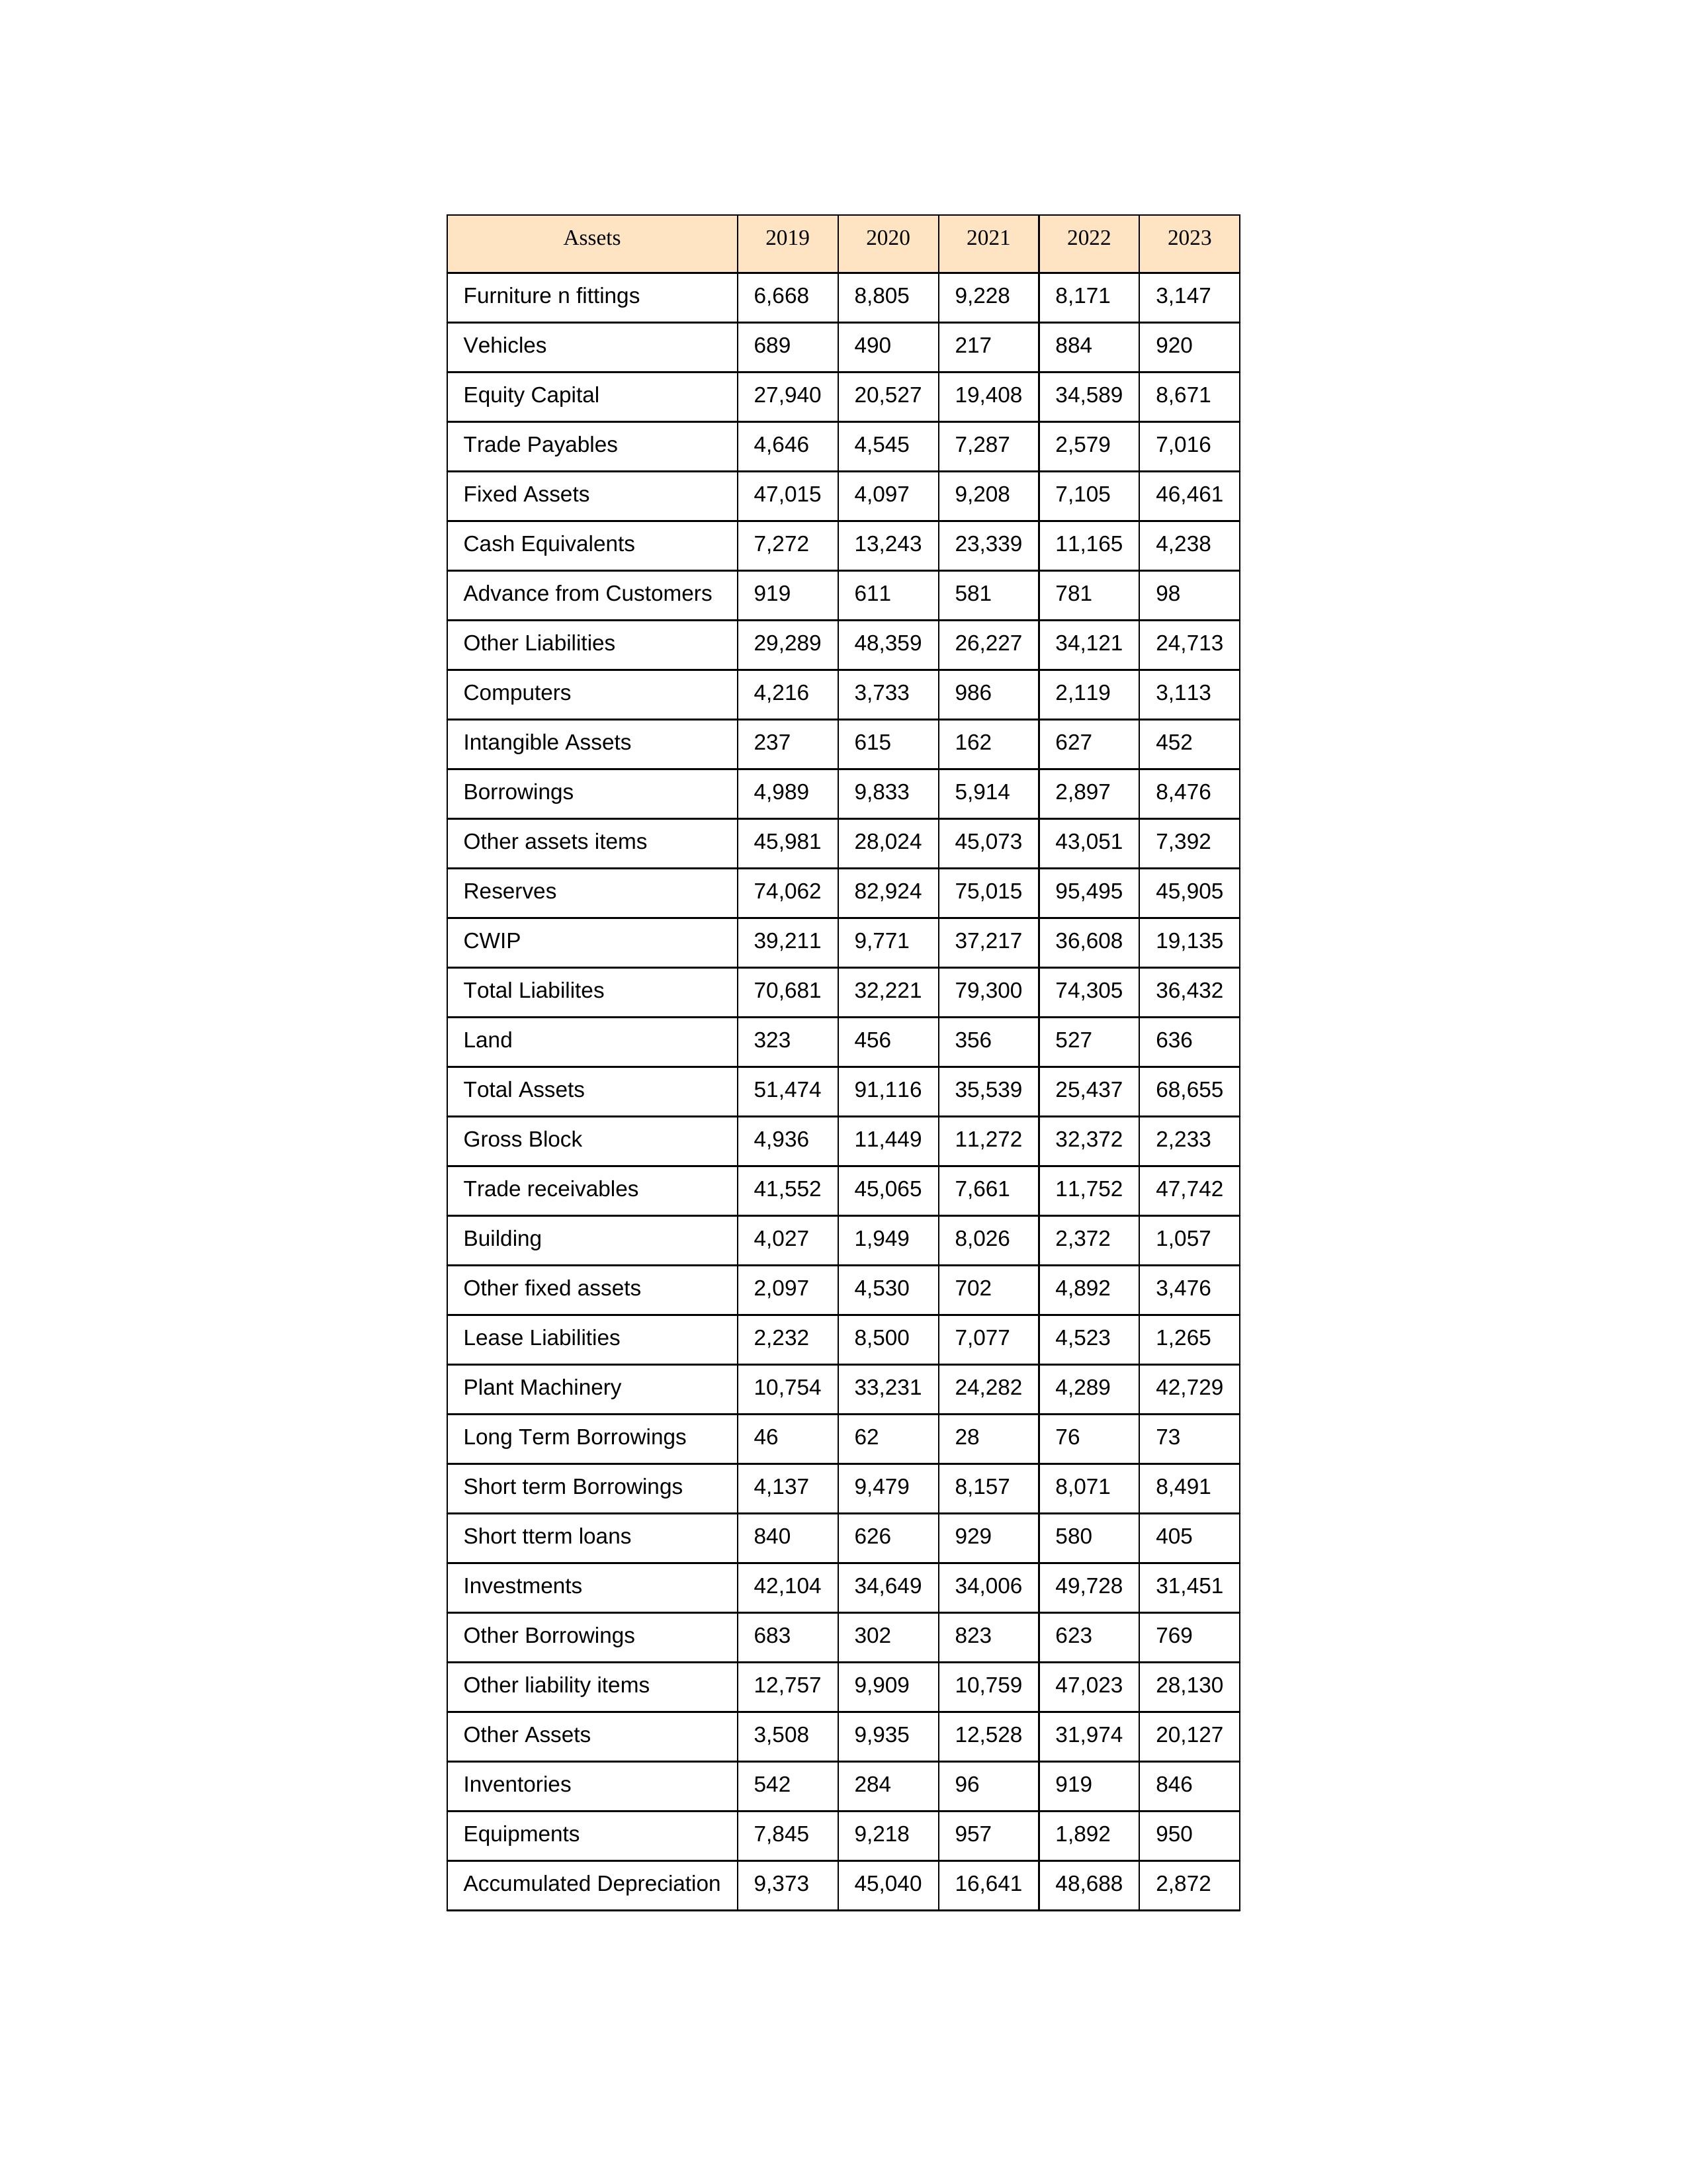
gt_parse: 2019: Equity Capital: 27,940
Reserves: 74,062
Borrowings: 4,989
Long Term Borrowings: 46
Short term Borrowings: 4,137
Lease Liabilities: 2,232
Other Borrowings: 683
Other Liabilities: 29,289
Trade Payables: 4,646
Advance from Customers: 919
Other liability items: 12,757
Total Liabilites: 70,681
Fixed Assets: 47,015
Land: 323
Building: 4,027
Plant Machinery: 10,754
Equipments: 7,845
Computers: 4,216
Furniture n fittings: 6,668
Vehicles: 689
Intangible Assets: 237
Other fixed assets: 2,097
Gross Block: 4,936
Accumulated Depreciation: 9,373
CWIP: 39,211
Investments: 42,104
Other Assets: 3,508
Inventories: 542
Trade receivables: 41,552
Cash Equivalents: 7,272
Short tterm loans: 840
Other assets items: 45,981
Total Assets: 51,474
2020: Equity Capital: 20,527
Reserves: 82,924
Borrowings: 9,833
Long Term Borrowings: 62
Short term Borrowings: 9,479
Lease Liabilities: 8,500
Other Borrowings: 302
Other Liabilities: 48,359
Trade Payables: 4,545
Advance from Customers: 611
Other liability items: 9,909
Total Liabilites: 32,221
Fixed Assets: 4,097
Land: 456
Building: 1,949
Plant Machinery: 33,231
Equipments: 9,218
Computers: 3,733
Furniture n fittings: 8,805
Vehicles: 490
Intangible Assets: 615
Other fixed assets: 4,530
Gross Block: 11,449
Accumulated Depreciation: 45,040
CWIP: 9,771
Investments: 34,649
Other Assets: 9,935
Inventories: 284
Trade receivables: 45,065
Cash Equivalents: 13,243
Short tterm loans: 626
Other assets items: 28,024
Total Assets: 91,116
2021: Equity Capital: 19,408
Reserves: 75,015
Borrowings: 5,914
Long Term Borrowings: 28
Short term Borrowings: 8,157
Lease Liabilities: 7,077
Other Borrowings: 823
Other Liabilities: 26,227
Trade Payables: 7,287
Advance from Customers: 581
Other liability items: 10,759
Total Liabilites: 79,300
Fixed Assets: 9,208
Land: 356
Building: 8,026
Plant Machinery: 24,282
Equipments: 957
Computers: 986
Furniture n fittings: 9,228
Vehicles: 217
Intangible Assets: 162
Other fixed assets: 702
Gross Block: 11,272
Accumulated Depreciation: 16,641
CWIP: 37,217
Investments: 34,006
Other Assets: 12,528
Inventories: 96
Trade receivables: 7,661
Cash Equivalents: 23,339
Short tterm loans: 929
Other assets items: 45,073
Total Assets: 35,539
2022: Equity Capital: 34,589
Reserves: 95,495
Borrowings: 2,897
Long Term Borrowings: 76
Short term Borrowings: 8,071
Lease Liabilities: 4,523
Other Borrowings: 623
Other Liabilities: 34,121
Trade Payables: 2,579
Advance from Customers: 781
Other liability items: 47,023
Total Liabilites: 74,305
Fixed Assets: 7,105
Land: 527
Building: 2,372
Plant Machinery: 4,289
Equipments: 1,892
Computers: 2,119
Furniture n fittings: 8,171
Vehicles: 884
Intangible Assets: 627
Other fixed assets: 4,892
Gross Block: 32,372
Accumulated Depreciation: 48,688
CWIP: 36,608
Investments: 49,728
Other Assets: 31,974
Inventories: 919
Trade receivables: 11,752
Cash Equivalents: 11,165
Short tterm loans: 580
Other assets items: 43,051
Total Assets: 25,437
2023: Equity Capital: 8,671
Reserves: 45,905
Borrowings: 8,476
Long Term Borrowings: 73
Short term Borrowings: 8,491
Lease Liabilities: 1,265
Other Borrowings: 769
Other Liabilities: 24,713
Trade Payables: 7,016
Advance from Customers: 98
Other liability items: 28,130
Total Liabilites: 36,432
Fixed Assets: 46,461
Land: 636
Building: 1,057
Plant Machinery: 42,729
Equipments: 950
Computers: 3,113
Furniture n fittings: 3,147
Vehicles: 920
Intangible Assets: 452
Other fixed assets: 3,476
Gross Block: 2,233
Accumulated Depreciation: 2,872
CWIP: 19,135
Investments: 31,451
Other Assets: 20,127
Inventories: 846
Trade receivables: 47,742
Cash Equivalents: 4,238
Short tterm loans: 405
Other assets items: 7,392
Total Assets: 68,655